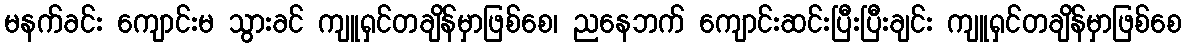
မနက်ခင်း ကျောင်းမ သွားခင် ကျူရှင်တချိန်မှာဖြစ်စေ၊ ညနေဘက် ကျောင်းဆင်းပြီးပြီးချင်း ကျူရှင်တချိန်မှာဖြစ်စေ